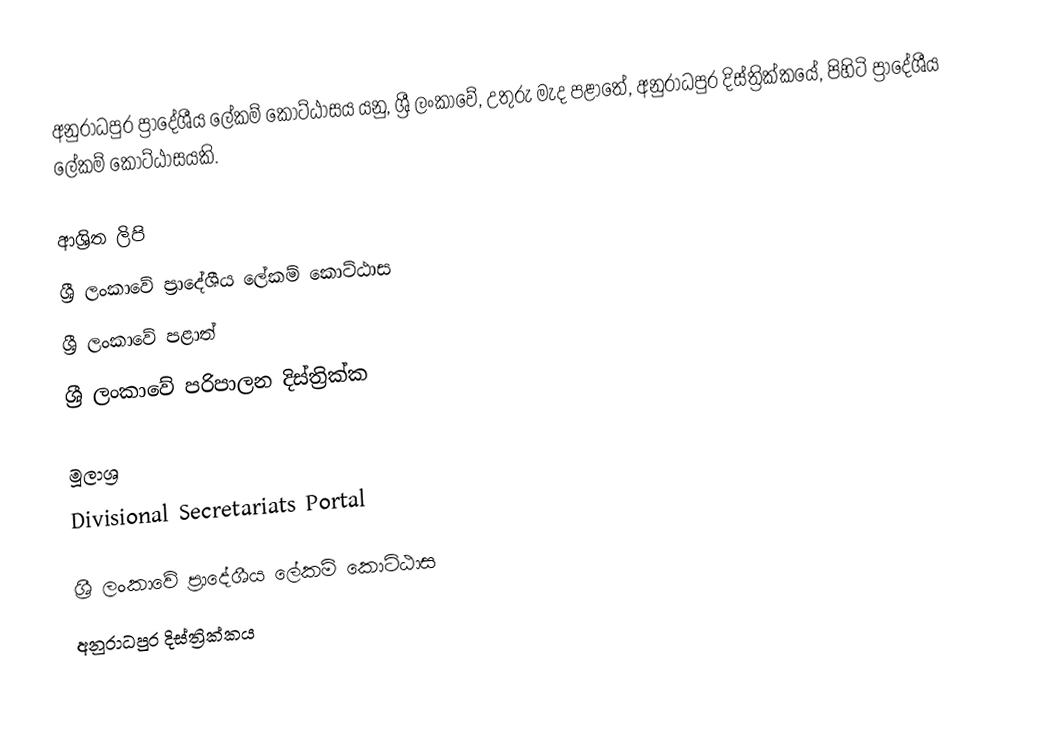
අනුරාධපුර ප්‍රාදේශීය ලේකම් කොට්ඨාසය යනු,  ශ්‍රී ලංකාවේ,  උතුරු මැද පළාතේ,   අනුරාධපුර දිස්ත්‍රික්කයේ, පිහිටි ප්‍රාදේශීය ලේකම් කොට්ඨාසයකි.

ආශ්‍රිත ලිපි
ශ්‍රී ලංකාවේ ප්‍රාදේශීය ලේකම් කොට්ඨාස
ශ්‍රී ලංකාවේ පළාත්
ශ්‍රී ලංකාවේ පරිපාලන දිස්ත්‍රික්ක

මූලාශ්‍ර
 Divisional Secretariats Portal

ශ්‍රී ලංකාවේ ප්‍රාදේශීය ලේකම් කොට්ඨාස
අනුරාධපුර දිස්ත්‍රික්කය